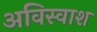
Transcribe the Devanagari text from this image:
अविस्वाश